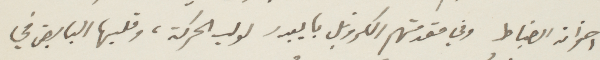
اخوانه الضباط وفي مقدمتهم الكروينل بايبدر لولب الحركة، وقلبها النابض في